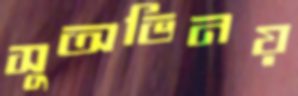
সুঅভিনয়